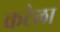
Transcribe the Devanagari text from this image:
कटेला